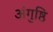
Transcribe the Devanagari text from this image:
अंगुष्ठि